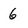
Character: 6